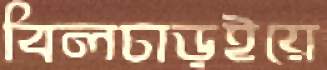
বিলচাড়ইয়ে